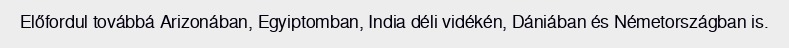
Előfordul továbbá Arizonában, Egyiptomban, India déli vidékén, Dániában és Németországban is.